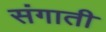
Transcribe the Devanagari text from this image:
संगाती